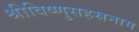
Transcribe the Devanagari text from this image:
श्रीविष्णुसहस्रनाम